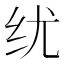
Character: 𬘕